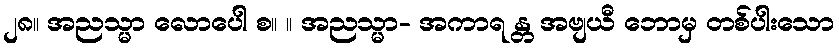
၂၈။ အညသ္မာ လောပေါ စ။ ။ အညသ္မာ- အကာရ န္တ အဗျယီ ဘောမှ တစ်ပါးသော